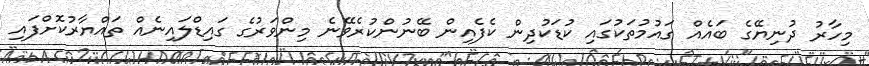
މިހާރު ދުނިޔޭގެ ބައެއް ގައުމުތަކުގައި ކުޑަކުދިން ކެފެއިން ބޭނުންކުރެވޭނެ މިންވަރުގެ ގައިޑްލައިނެއް ތައްޔާރުކޮށްފައި